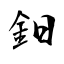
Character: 鈤